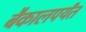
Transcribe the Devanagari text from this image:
बैकालपर्यंत